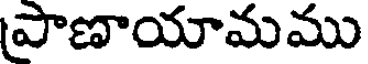
పాణాయామము